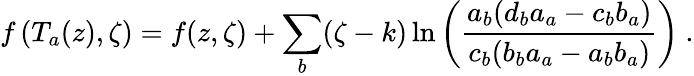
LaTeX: f\left(T_{a}(z),\zeta\right)=f(z,\zeta)+\sum_{b}(\zeta-k)\ln\left(\frac{a_{b}(d_{b}a_{a}-c_{b}b_{a})}{c_{b}(b_{b}a_{a}-a_{b}b_{a})}\right)\ .